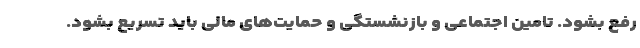
رفع بشود. تامین اجتماعی و بازنشستگی و حمایت‌های مالی باید تسریع بشود.